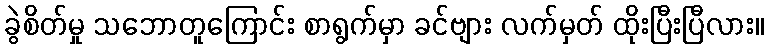
ခွဲစိတ်မှု သဘောတူကြောင်း စာရွက်မှာ ခင်ဗျား လက်မှတ် ထိုးပြီးပြီလား။